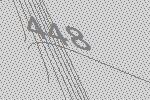
448